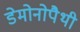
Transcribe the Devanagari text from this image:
डेमोनोपैथी